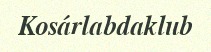
Kosárlabdaklub